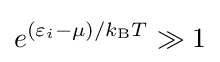
e^{(\varepsilon _{i}-\mu )/k_{\text{B}}T}\gg 1